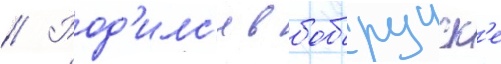
// Род'илс'я в бобруиск'е